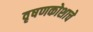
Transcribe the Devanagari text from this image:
वृषणकोशाचे